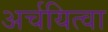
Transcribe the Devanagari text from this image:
अर्चयित्वा